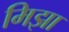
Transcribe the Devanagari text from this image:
मिझा